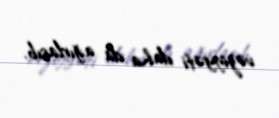
vəziyyəti daha da ağırlaşıb.